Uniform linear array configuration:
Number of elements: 48
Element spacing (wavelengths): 0.75
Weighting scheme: binomial
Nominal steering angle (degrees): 30
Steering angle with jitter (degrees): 28.26
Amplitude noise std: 0.05
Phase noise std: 0.05

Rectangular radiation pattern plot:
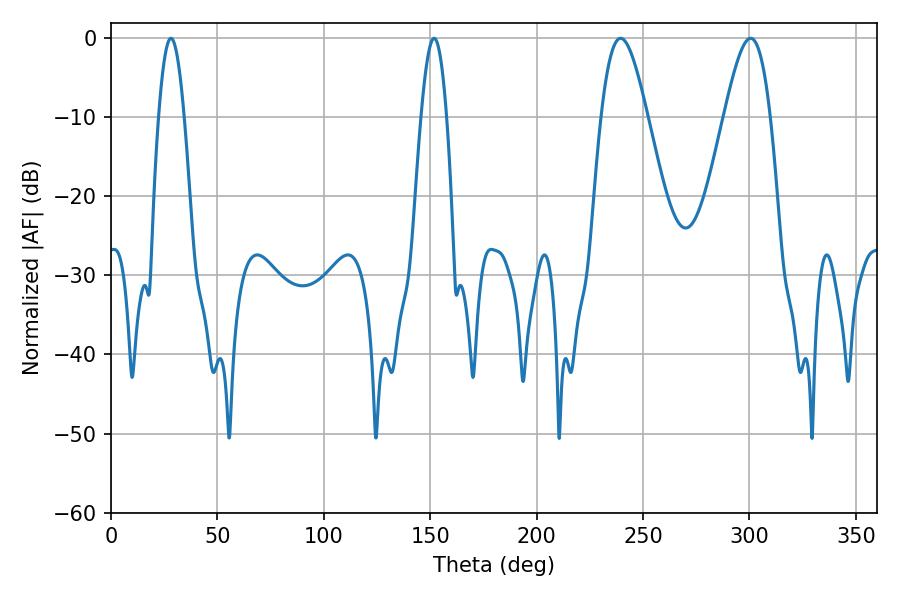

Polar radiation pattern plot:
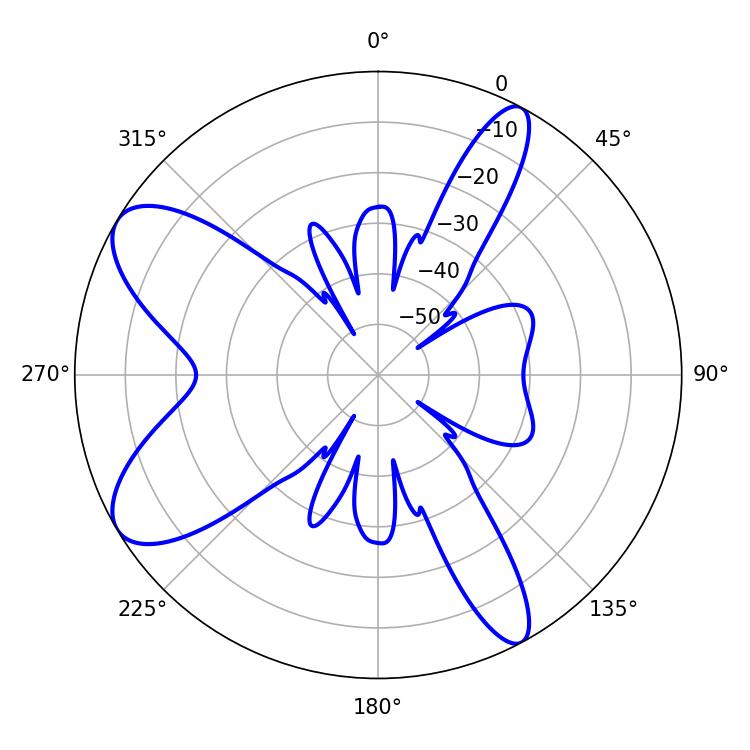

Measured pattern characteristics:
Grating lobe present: TRUE
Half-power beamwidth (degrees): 11.52
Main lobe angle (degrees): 239.4